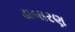
ડાબારણ